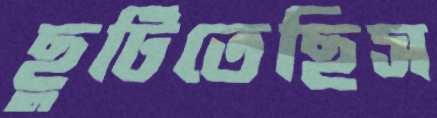
ছুটিতেছিস